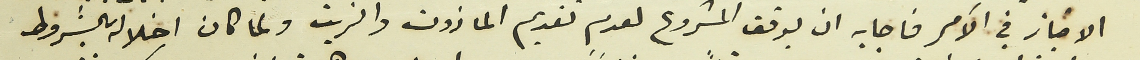
الامتياز في الآمر فاجابه ان يوقف المشروع لعدم تقديم المازوت والزيت ولما كان اخلاله بالشروط